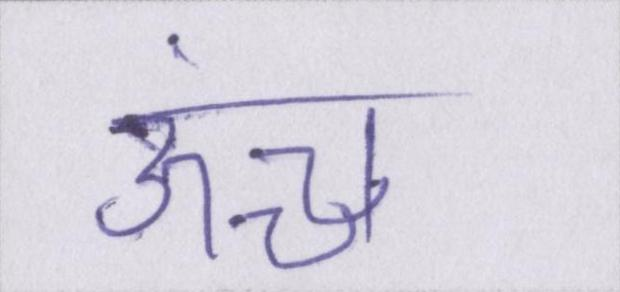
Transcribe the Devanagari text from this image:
ऊंच्च